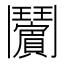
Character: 𱆉